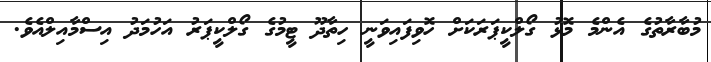
މުބާރާތުގެ އެންމެ މޮޅު ގޯލްކީޕަރަކަށް ހޮވިފައިވަނީ ހިތާދޫ ޓީމުގެ ގޯލްކީޕަރު އަހުމަދު އިސްމާއިލްއެވެ.